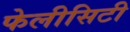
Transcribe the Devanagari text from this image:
फेलीसिटी